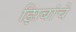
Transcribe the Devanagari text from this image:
झिबांचे